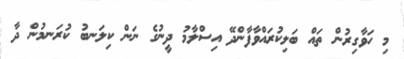
މި ހަވާގިރުން ތައް ބަލިކުރައްވާފާންދޭ އިސްލާމު ދީނުގެ ނަން ކިލަނބު ކުރަނމުން ދާ